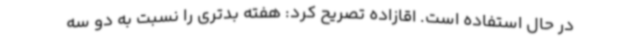
در حال استفاده است. اقازاده تصریح کرد: هفته بدتری را نسبت به دو سه